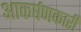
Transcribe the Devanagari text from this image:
आकर्षणकारी